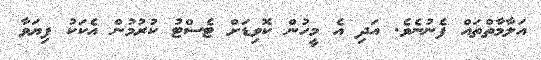
އަލާމާތްތައް ފެނުނެވެ. އަދި އެ މީހުން ކޮވިޑަށް ޓެސްޓު ކުރުމުން އެކަކު ފިޔަވާ